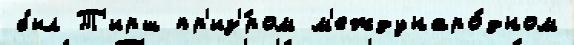
был Т'ирш пр'из'́ром м'еждунаро́дном